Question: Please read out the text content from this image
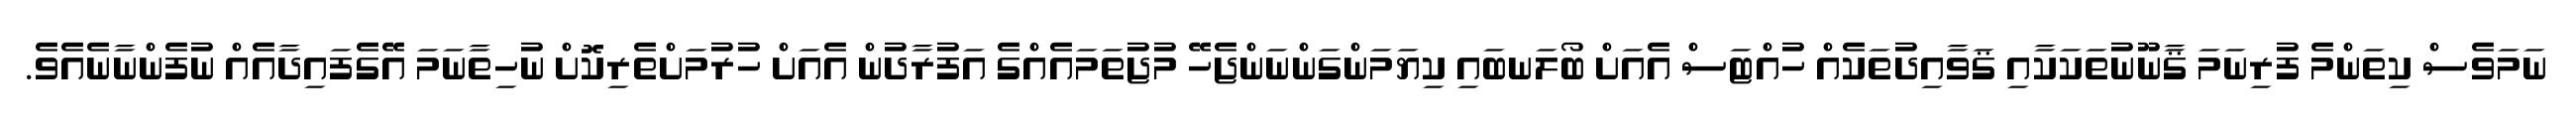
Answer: ނަމަވެސް ކިތަންމެ ފުރިނަމަ ޤާނޫނުތަކަކާއި ޤަވާއިދުތަކެއް ހުއްޓަސް އެއަށް ބޯލަނބައި ކިޔަމަންގަންނަންޖެހޭ މުޖުތަމައެއްގެ އަފުރާދުން އެއަށް ހުރުމަށްތެރިކޮށް ނުހިތާނަމަ އޭގެފައިދާއެއް ނުފެންނާނެއެވެ.